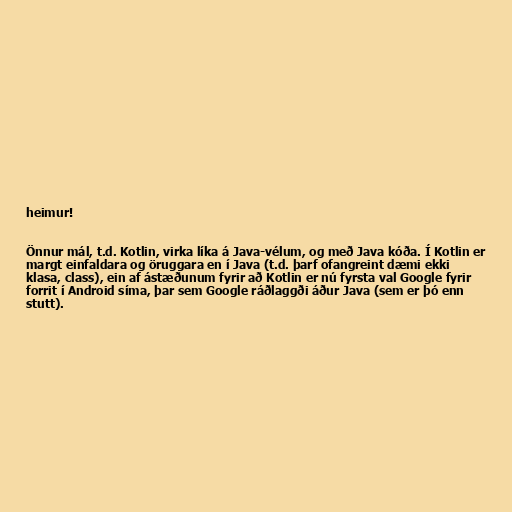
heimur!

Önnur mál, t.d. Kotlin, virka líka á Java-vélum, og með Java kóða. Í Kotlin er
margt einfaldara og öruggara en í Java (t.d. þarf ofangreint dæmi ekki
klasa, class), ein af ástæðunum fyrir að Kotlin er nú fyrsta val Google fyrir
forrit í Android síma, þar sem Google ráðlaggði áður Java (sem er þó enn
stutt).